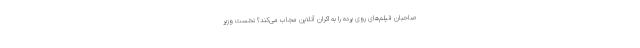
صاحبان فیلم‌های روی پرده را به اکران آنلاین مجاب می‌کند؟ نخست ‌وزیر